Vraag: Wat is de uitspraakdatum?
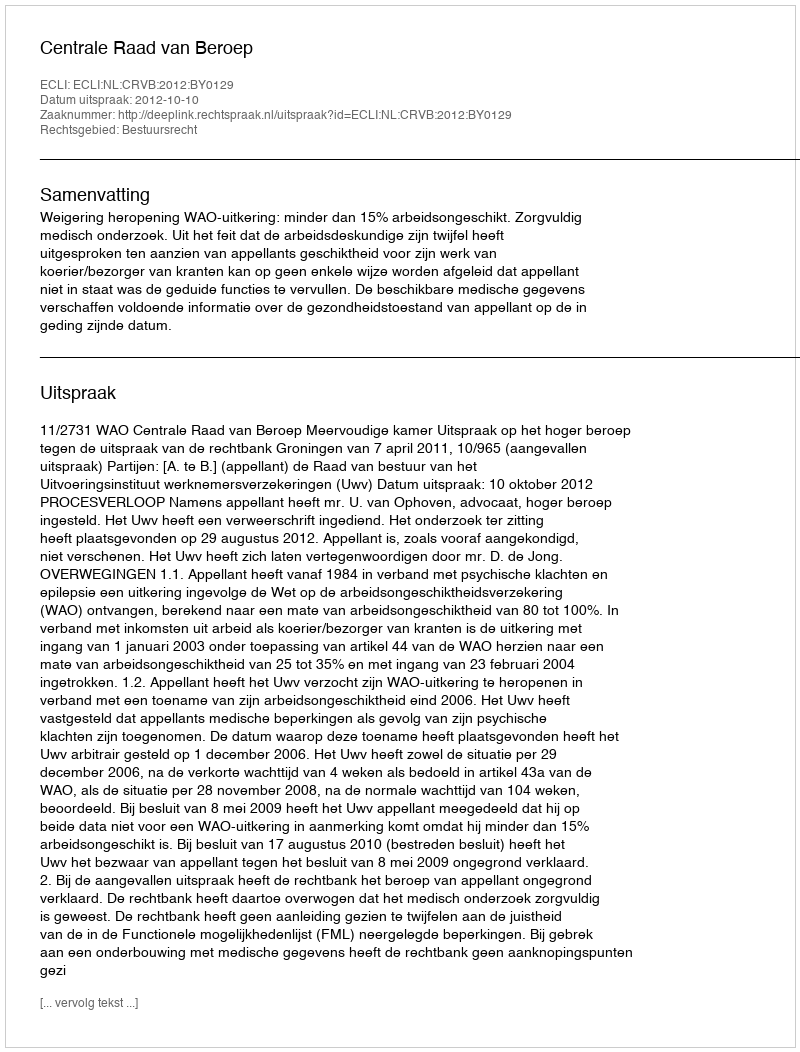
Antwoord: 2012-10-10